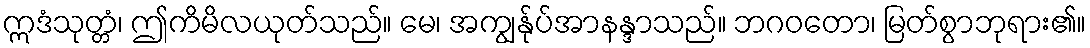
ဣဒံသုတ္တံ၊ ဤကိမိလယုတ်သည်။ မေ၊ အကျွန်ုပ်အာနန္ဒာသည်။ ဘဂဝတော၊ မြတ်စွာဘုရား၏။